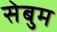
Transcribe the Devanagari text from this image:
सेबुम